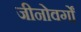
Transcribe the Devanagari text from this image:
जीनोवर्गों